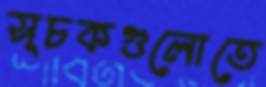
সূচকগুলোতে